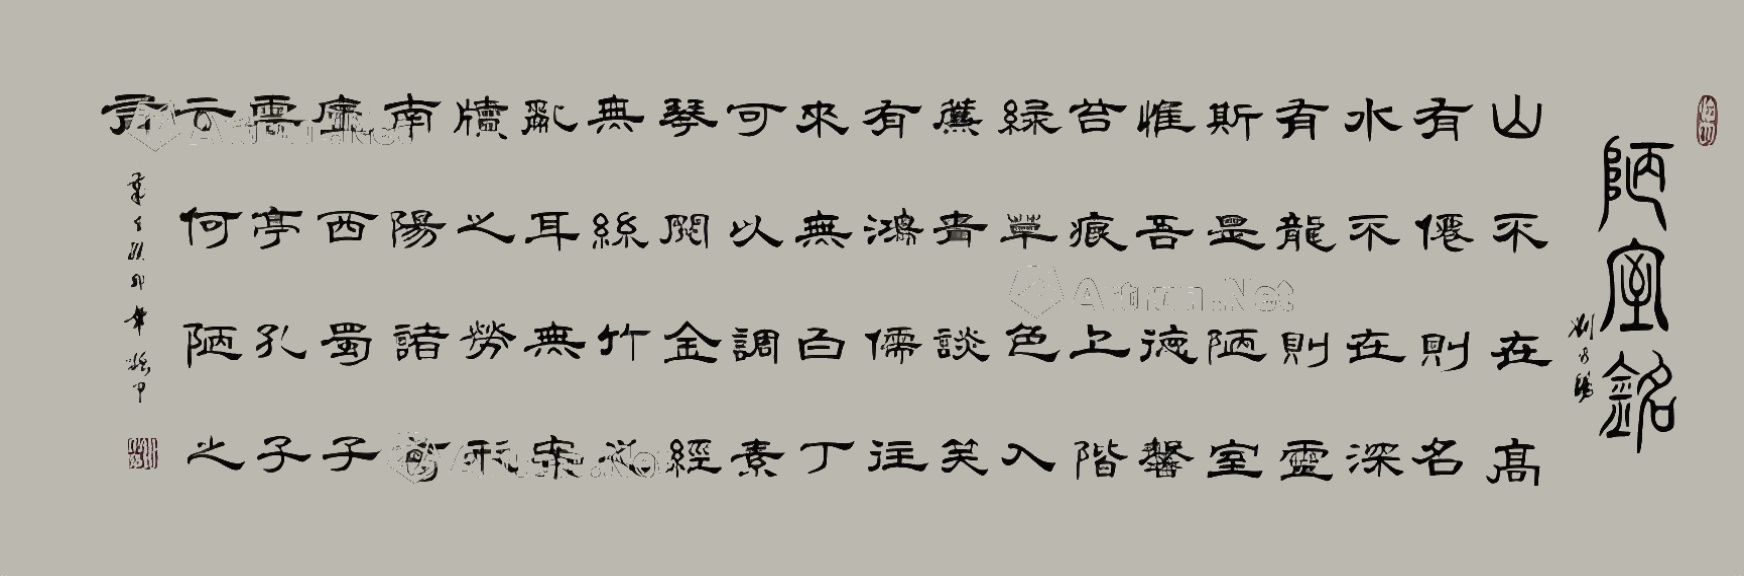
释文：山不在高，有仙则名。水不在深，有龙则灵。斯是陋室，惟吾德馨。苔痕上阶绿，草色入帘青。谈笑有鸿儒，往来无白丁。可以调素琴，阅金经。无丝竹之乱耳，无案牍之劳形。南阳诸葛庐，西蜀子云亭。孔子云：何陋之有？张振甲2023年作